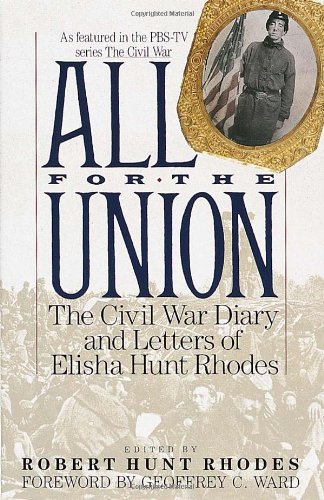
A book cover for All for the Union: The Civil War Diary & Letters of Elisha Hunt Rhodes; Elisha Hunt Rhodes; History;